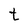
Character: t